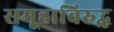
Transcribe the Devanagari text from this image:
समूहाविरुद्ध